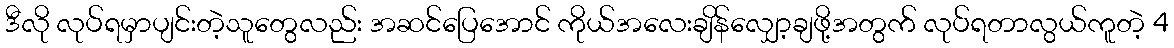
ဒီလို လုပ်ရမှာပျင်းတဲ့သူတွေလည်း အဆင်ပြေအောင် ကိုယ်အလေးချိန်လျှော့ချဖို့အတွက် လုပ်ရတာလွယ်ကူတဲ့ 4